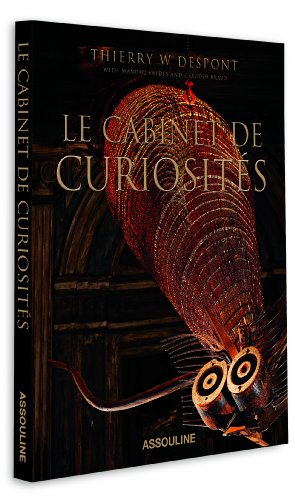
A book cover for Cabinet de Curiosites; Assouline; Humor & Entertainment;